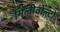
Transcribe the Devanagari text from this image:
मिलीवोल्टों